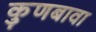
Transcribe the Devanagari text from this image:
कुणबावा